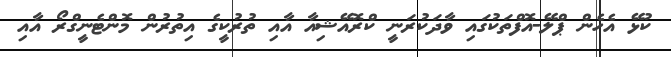
ކުޅޭ އެހެން ޕްލޭ-އޮފްތަކުގައި ވާދަކުރަނީ ކްރޮއޭޝިއާ އާއި ތުރުކީގެ އިތުރުން މޮންޓެނީގްރޯ އާއި